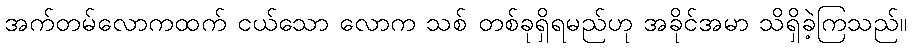
အက်တမ်လောကထက် ငယ်သော လောက သစ် တစ်ခုရှိရမည်ဟု အခိုင်အမာ သိရှိခဲ့ကြသည်။